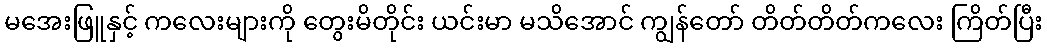
မအေးဖြူနှင့် ကလေးများကို တွေးမိတိုင်း ယင်းမာ မသိအောင် ကျွန်တော် တိတ်တိတ်ကလေး ကြိတ်ပြီး